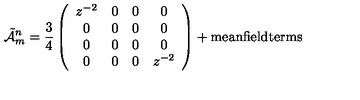
\tilde { \cal A } _ { m } ^ { n } = \frac { 3 } { 4 } \left( \begin{array} { c c c c } { z ^ { - 2 } } & { 0 } & { 0 } & { 0 } \\ { 0 } & { 0 } & { 0 } & { 0 } \\ { 0 } & { 0 } & { 0 } & { 0 } \\ { 0 } & { 0 } & { 0 } & { z ^ { - 2 } } \\ \end{array} \right) + \mathrm { m e a n f i e l d t e r m s }